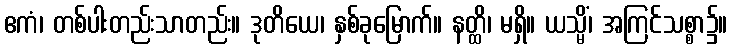
ဧကံ၊ တစ်ပါးတည်းသာတည်း။ ဒုတိယေ၊ နှစ်ခုမြောက်။ နတ္ထိ၊ မရှိ။ ယသ္မိံ၊ အကြင်သစ္စာ၌။